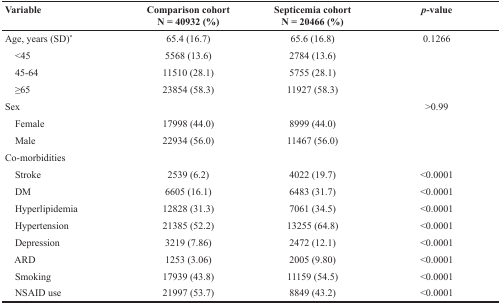
| Variable | Comparison cohortN = 40932 (%) | Septicemia cohortN = 20466 (%) | p-value |
 | --- | --- | --- | --- |
 | Age, years (SD)* | 65.4 (16.7) | 65.6 (16.8) | 0.1266 |
 | <45 | 5568 (13.6) | 2784 (13.6) |  |
 | 45-64 | 11510 (28.1) | 5755 (28.1) |  |
 | ≥65 | 23854 (58.3) | 11927 (58.3) |  |
 | Sex |  |  | >0.99 |
 | Female | 17998 (44.0) | 8999 (44.0) |  |
 | Male | 22934 (56.0) | 11467 (56.0) |  |
 | Co-morbidities |  |  |  |
 | Stroke | 2539 (6.2) | 4022 (19.7) | <0.0001 |
 | DM | 6605 (16.1) | 6483 (31.7) | <0.0001 |
 | Hyperlipidemia | 12828 (31.3) | 7061 (34.5) | <0.0001 |
 | Hypertension | 21385 (52.2) | 13255 (64.8) | <0.0001 |
 | Depression | 3219 (7.86) | 2472 (12.1) | <0.0001 |
 | ARD | 1253 (3.06) | 2005 (9.80) | <0.0001 |
 | Smoking | 17939 (43.8) | 11159 (54.5) | <0.0001 |
 | NSAID use | 21997 (53.7) | 8849 (43.2) | <0.0001 |